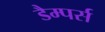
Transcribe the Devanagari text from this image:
डैम्पर्स